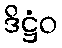
ဒိဋ္ဌံဝ